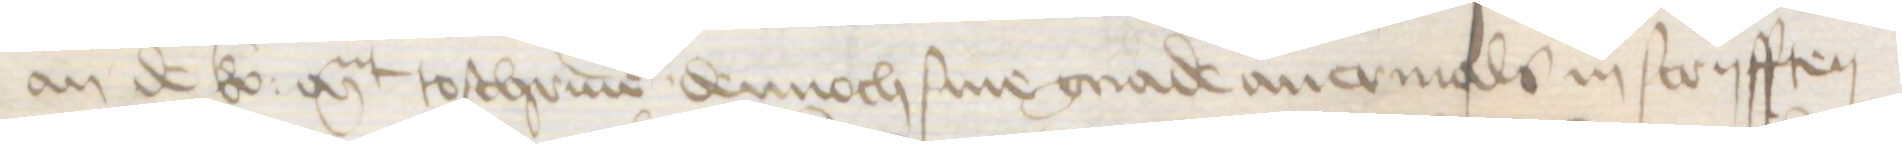
an de ko: Mt toschriuen dennoch sine gnade auermals in scryfften